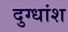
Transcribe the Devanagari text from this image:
दुग्धांश